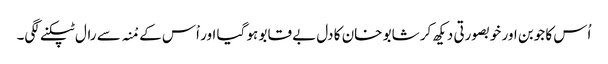
اُس کا جوبن اور خوبصورتی دیکھ کر شابو خان کا دل بے قابو ہو گیا اور اْس کے مْنہ سے رال ٹپکنے لگی۔